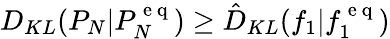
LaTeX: D_{KL}(P_{N}|P_{N}^{\mathrm{~e~q~}})\ge\hat{D}_{KL}(f_{1}|f_{1}^{\mathrm{~e~q~}})